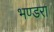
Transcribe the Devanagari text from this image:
भण्डरा